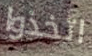
اتخذوا